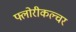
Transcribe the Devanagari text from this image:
फ्लोरीकल्चर